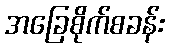
အခြေစိုက်စခန်း